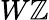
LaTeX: W\mathbb{Z}